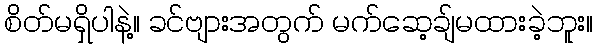
စိတ်မရှိပါနဲ့။ ခင်ဗျားအတွက် မက်ဆေ့ချ်မထားခဲ့ဘူး။